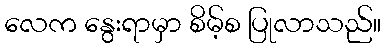
လေက နွေးရာမှာ စိမ့်စ ပြုလာသည်။